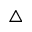
\bigtriangleup